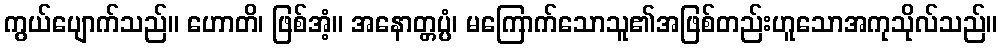
ကွယ်ပျောက်သည်။ ဟောတိ၊ ဖြစ်အံ့။ အနောတ္တပ္ပံ၊ မကြောက်သောသူ၏အဖြစ်တည်းဟူသောအကုသိုလ်သည်။